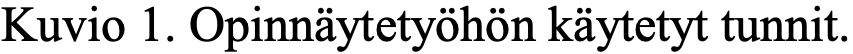
Kuvio 1. Opinnäytetyöhön käytetyt tunnit.